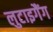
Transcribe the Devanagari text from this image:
लुटाइगैंग